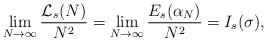
\begin{align*}\lim_{N\rightarrow\infty}\frac{\mathcal{L}_{s}(N)}{N^{2}}=\lim_{N\rightarrow\infty}\frac{E_{s}(\alpha_{N})}{N^{2}}=I_{s}(\sigma),\end{align*}